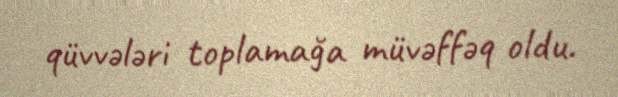
qüvvələri toplamağa müvəffəq oldu.